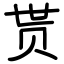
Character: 贳